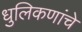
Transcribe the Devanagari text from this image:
धुलिकणांचे